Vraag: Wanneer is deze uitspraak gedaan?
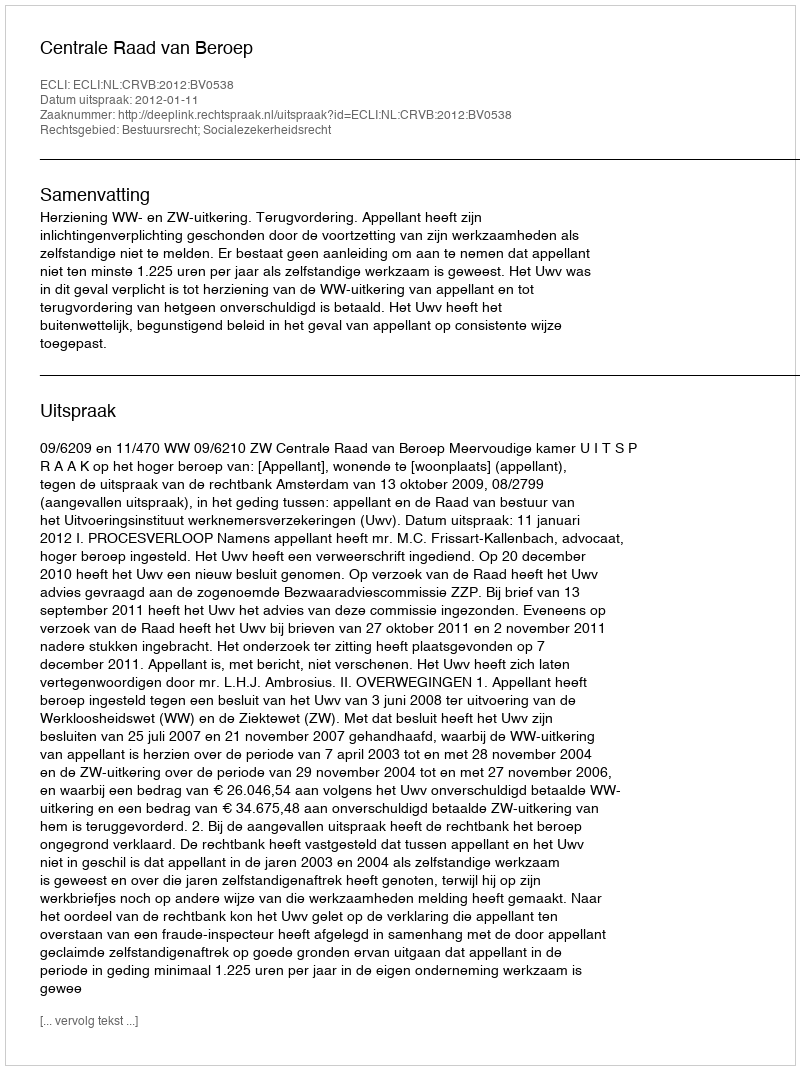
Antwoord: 2012-01-11